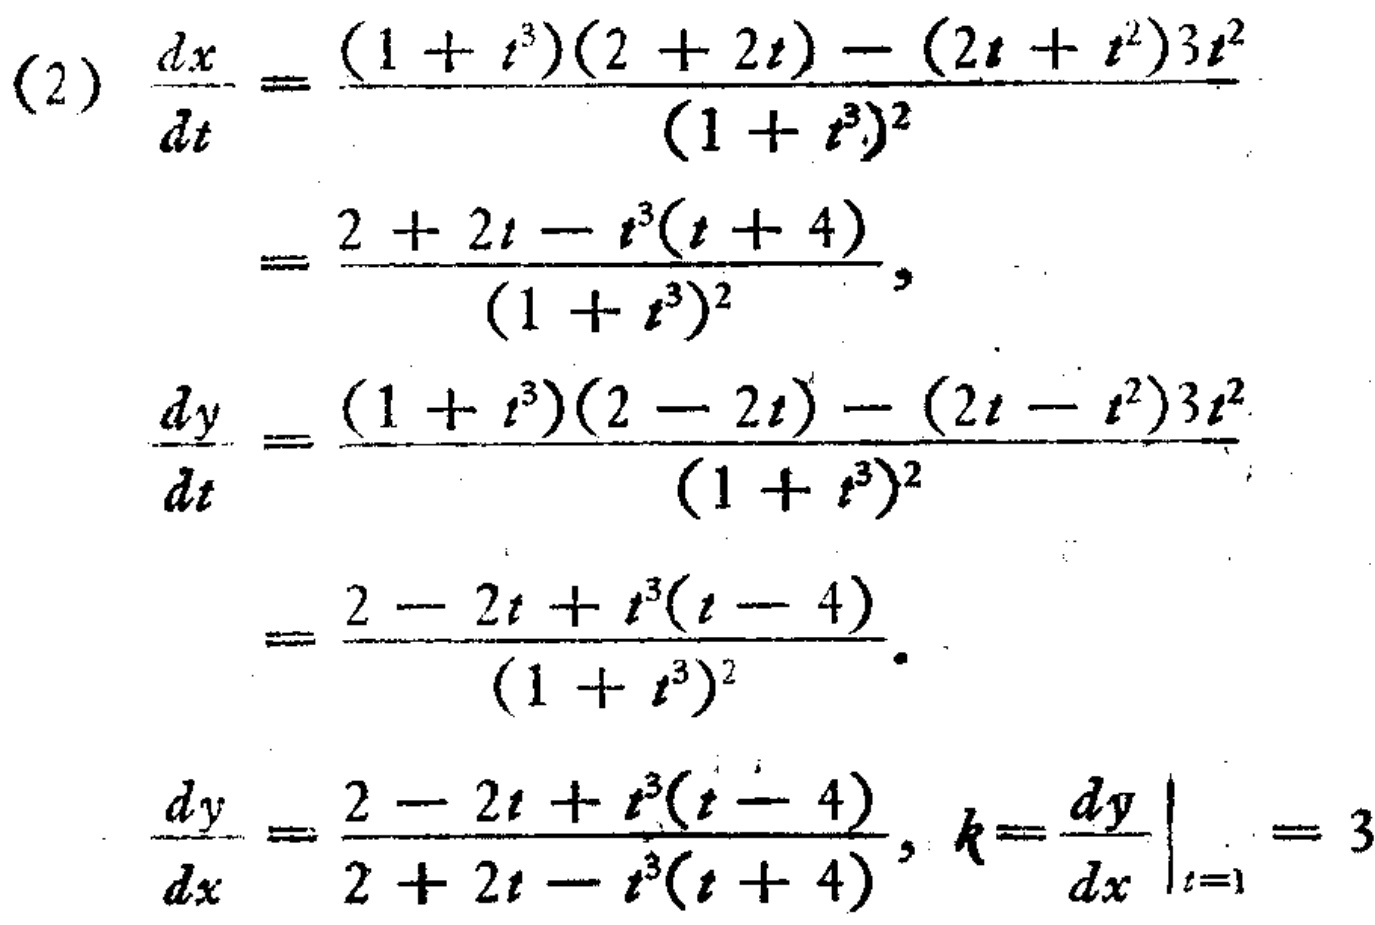
\[
\begin{align*}
\frac{dx}{dt}&=\frac{(1 + t^{3})(2 + 2t)-(2t + t^{2})3t^{2}}{(1 + t^{3})^{2}}\\
&=\frac{2 + 2t - t^{3}(t + 4)}{(1 + t^{3})^{2}},\\
\frac{dy}{dt}&=\frac{(1 + t^{3})(2 - 2t)-(2t - t^{2})3t^{2}}{(1 + t^{3})^{2}}\\
&=\frac{2 - 2t + t^{3}(t - 4)}{(1 + t^{3})^{2}}.\\
\frac{dy}{dx}&=\frac{2 - 2t + t^{3}(t - 4)}{2 + 2t - t^{3}(t + 4)}, k = \left.\frac{dy}{dx}\right|_{t = 1}=3
\end{align*}
\]